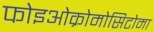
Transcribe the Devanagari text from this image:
फोइओक्रोमोसिटोमा